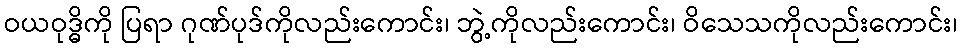
ဝယဝုဒ္ဓိကို ပြရာ ဂုဏ်ပုဒ်ကိုလည်းကောင်း၊ ဘွဲ့ကိုလည်းကောင်း၊ ဝိသေသကိုလည်းကောင်း၊